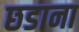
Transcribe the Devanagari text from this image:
छडाना